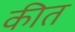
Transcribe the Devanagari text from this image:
कीत